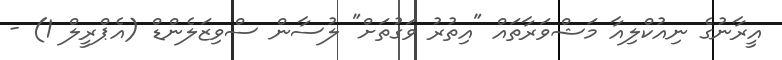
އީރާނުގެ ނިއުކްލިއާ މަޝްވަރާތައް "އިތުރު ވަގުތަށް" ލުސާން ސްވިޒަލެންޑް (އެޕްރީލް 1) -